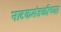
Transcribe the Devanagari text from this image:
नाटकमंडळीच्या